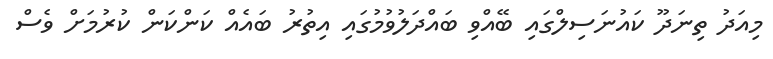
މިއަދު ތިނަދޫ ކައުނަސިލްގައި ބޭއްވި ބައްދަލުވުމުގައި އިތުރު ބައެއް ކަންކަން ކުރުމަށް ވެސް